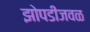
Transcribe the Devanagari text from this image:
झोपडीजवळ